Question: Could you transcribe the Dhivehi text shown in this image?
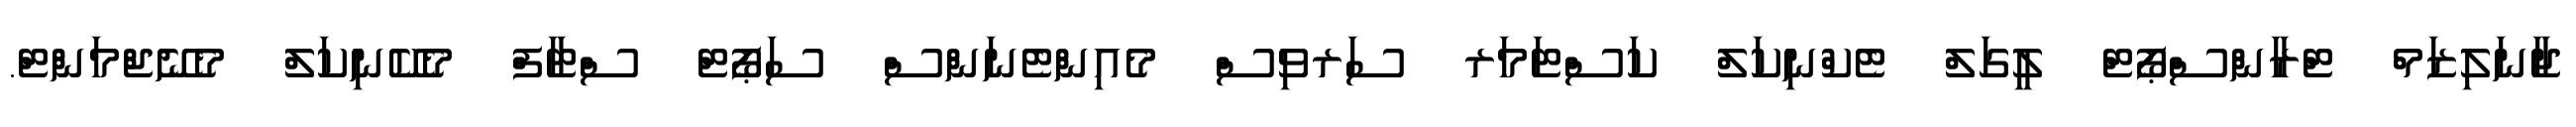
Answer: ޖާނަލިޒަމް ޓްރާންސްޕޯޓް ލީގަލް ޓެކްނިކަލް ކަސްޓަމަރ ސަރވިސް މެއިންޓެނަންސް ސަޕޯޓް ސްޓާފް މެކޭނިކަލް މެނޭޖްމަންޓް.